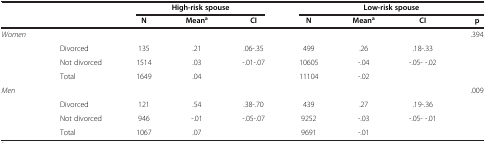
|  |  | <COLSPAN=3> High-risk spouse | <COLSPAN=4> Low-risk spouse |
 |  |  | N | Meana | CI | N | Meana | CI | p |
 | --- | --- | --- | --- | --- | --- | --- | --- | --- |
 | Women |  |  |  |  |  |  |  | .394 |
 | <ROWSPAN=2>  | Divorced | 135 | .21 | .06-.35 | 499 | .26 | .18-.33 |  |
 | Not divorced | 1514 | .03 | -.01-.07 | 10605 | -.04 | -.05- -.02 |  |
 |  | Total | 1649 | .04 |  | 11104 | -.02 |  |  |
 | Men |  |  |  |  |  |  |  | .009 |
 | <ROWSPAN=2>  | Divorced | 121 | .54 | .38-.70 | 439 | .27 | .19-.36 |  |
 | Not divorced | 946 | -.01 | -.05-.07 | 9252 | -.03 | -.05- -.01 |  |
 |  | Total | 1067 | .07 |  | 9691 | -.01 |  |  |